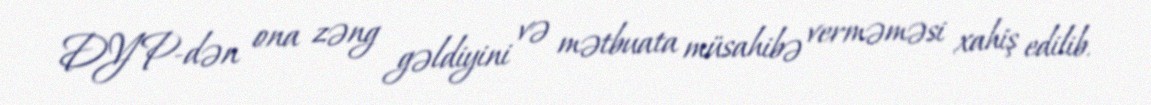
DYP-dən ona zəng gəldiyini və mətbuata müsahibə verməməsi xahiş edilib.